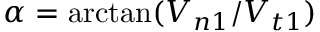
\alpha = \arctan ( { V _ { n 1 } / V _ { t 1 } } )